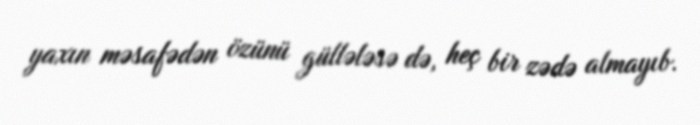
yaxın məsafədən özünü güllələsə də, heç bir zədə almayıb.